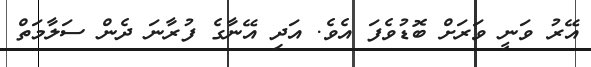
އޭރު ވަނީ ވަރަށް ބޮޑުވެފަ އެވެ. އަދި އޭނާގެ ފުރާނަ ދެން ސަލާމަތް